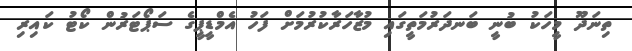
ތިނަދޫ މީހަކު ބުނީ ބަނދަރުމަތީގައި މުޒާހަރާކުރުމަށް ފަހު އެމްޑީޕީގެ ސަޕޯޓަރުން ކޯޓު ކައިރި